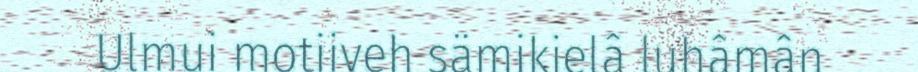
Ulmui motiiveh sämikielâ luhâmân